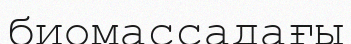
биомассадағы